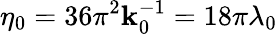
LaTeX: \eta_{0}=36\pi^{2}\mathbf{k}_{0}^{-1}=18\pi\lambda_{0}